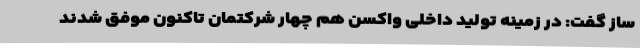
ساز گفت: در زمینه تولید داخلی واکسن هم چهار شرکتمان تاکنون موفق شدند